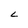
Character: L